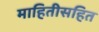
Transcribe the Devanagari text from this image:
माहितीसहित